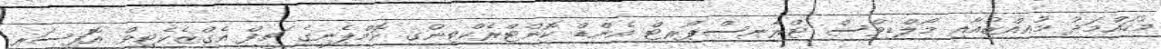
މުހައްމަދު މުއިއްޒުއާއި މޯލްޑިވްސް ޓްރާނސްޕޯރޓް އެންޑް ކޮންޓްރެކްޓިންގ ކޮމްޕެނީގެ ޗީފް އެގްޒެކެޓިވް އޮފިސަރ